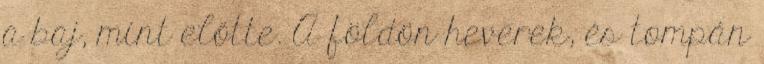
a baj, mint előtte. A földön heverek, és tompán